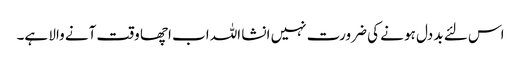
اس لئے بد دل ہو نے کی ضرورت نہیں انشا اللہ اب اچھا وقت آنے والا ہے۔